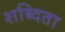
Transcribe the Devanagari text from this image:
शब्दिता